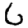
Digit: 6